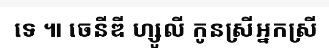
ទេ ៕ ចេនីឌី ហ្សូលី កូនស្រីអ្នកស្រី